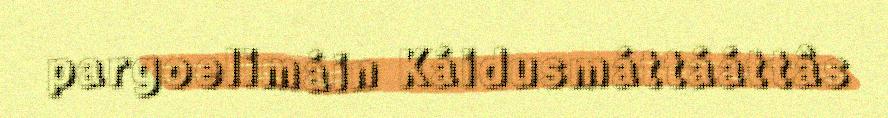
pargoelimáin Káidusmáttááttâs